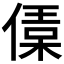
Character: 𠍙